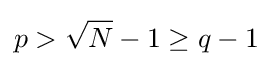
p>{\sqrt {N}}-1\geq q-1